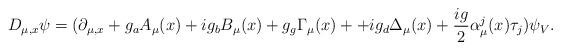
LaTeX: \begin{align*} D_{\mu,x}\psi=(\partial_{\mu,x}+g_{a}A_{\mu}(x)+ig_{b}B_{\mu}(x)+g_{g}\Gamma_{\mu}(x)+ +ig_{d}\Delta_{\mu}(x)+\frac{ig}{2}\alpha^{j}_{\mu}(x)\tau_{j})\psi_{V}.\end{align*}